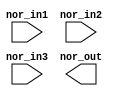
// This program was cloned from: https://github.com/intel/aib-phy-hardware
// License: Apache License 2.0

// SPDX-License-Identifier: Apache-2.0
// Copyright (C) 2019 Intel Corporation. All rights reserved
//****************************************************************************************
// (C) 2011 Altera Corporation. All rights reserved.
//
//****************************************************************************************

//------------------------------------------------------------------------
// Description: standard nor2 gate
//
//------------------------------------------------------------------------

module altr_hps_nor3
    (
    input  wire              nor_in1,     // and input 1
    input  wire              nor_in2,     // and input 2
    input  wire              nor_in3,     // and input 3
    output  wire             nor_out      // and output
     );

`ifdef ALTR_HPS_INTEL_MACROS_OFF
    assign nor_out = ~(nor_in1 | nor_in2 | nor_in3);
`else
 
`endif

endmodule // altr_hps_nor3